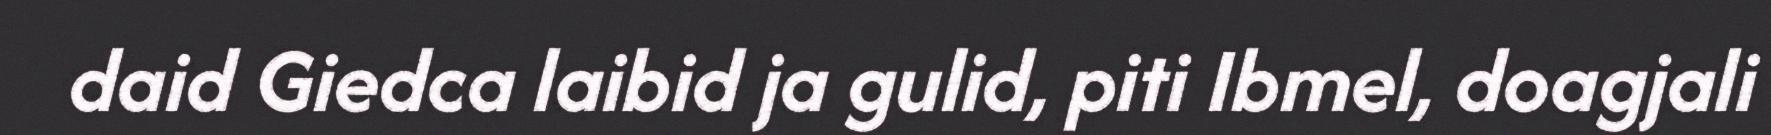
daid Giedca laibid ja gulid, piti Ibmel, doagjali